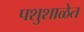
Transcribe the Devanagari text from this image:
पशुशाळेत